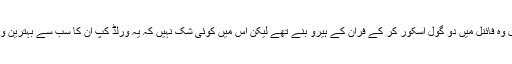
آٹھ برس قبل وہ فائنل میں دو گول اسکور کر کے فران کے ہیرو بنے تھے لیکن اس میں کوئی شک نہیں کہ یہ ورلڈ کپ ان کا سب سے بہترین ورلڈ کپ تھا۔